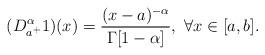
LaTeX: \begin{align*}( D _{a^+}^{\alpha} 1)(x)=\frac{(x-a)^{-\alpha}}{\Gamma[1-\alpha]}, \ \forall x\in [a, b].\end{align*}